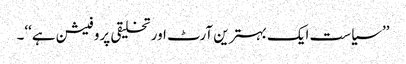
’’سیاست ایک بہترین آرٹ اور تخلیقی پروفیشن ہے‘‘۔